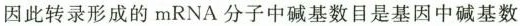
因此转录形成的mRNA分子中碱基数目是基因中碱基数